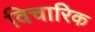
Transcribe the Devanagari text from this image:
विचारिक